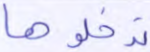
تدخلوها